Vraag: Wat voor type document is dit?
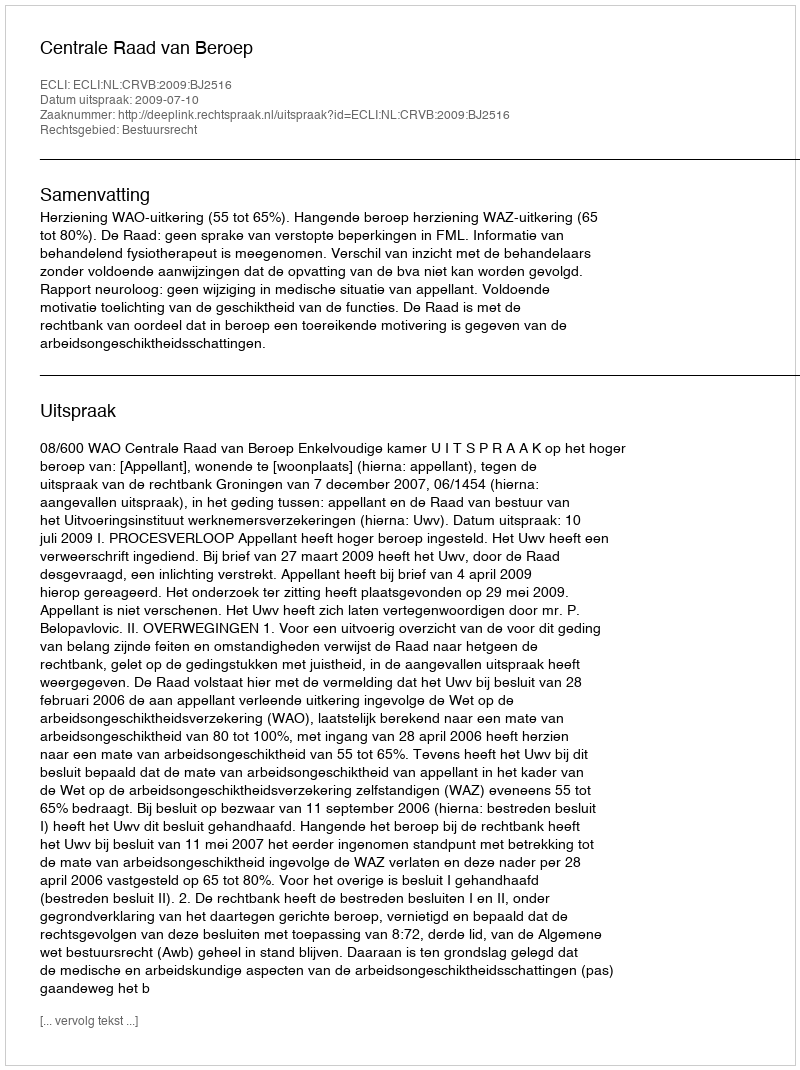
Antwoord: Uitspraak